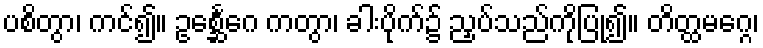
ပစိတွာ၊ ကင်၍။ ဥစ္ဆေင်္ဂေ ကတွာ၊ ခါးပိုက်၌ ညှပ်သည်ကိုပြု၍။ တိတ္ထမဂ္ဂေ၊